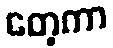
တေ့ကာ